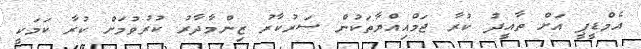
އެމްޑީޕީ އަށް ތާއީދު ކުރާ ޖަމްއިއްޔާތަކުން ސަރުކާރު ޒިންމާދާރު ކުރުވުމަށް ކުރާ ކަމަކީ